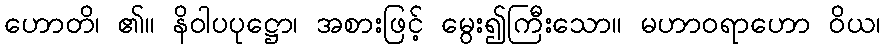
ဟောတိ၊ ၏။ နိဝါပပုဋ္ဌော၊ အစားဖြင့် မွေး၍ကြီးသော။ မဟာဝရာဟော ဝိယ၊